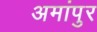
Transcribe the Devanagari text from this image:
अमांपुर